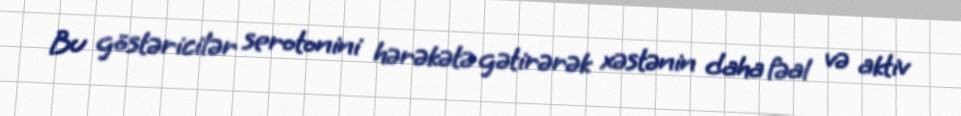
Bu göstəricilər serotonini hərəkətə gətirərək xəstənin daha fəal və aktiv